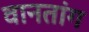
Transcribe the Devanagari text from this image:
वानतांग